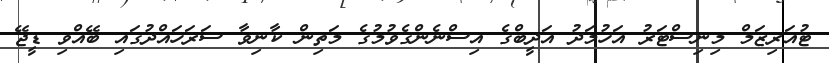
ޓުއަރިޒަމް މިނިސްޓަރު އަހުމަދު އަދީބްގެ އިސްނެންގެވުމުގެ މަތިން ކާނިވާ ސަރަހައްދުގައި ބޭއްވި ޑީޖޭ